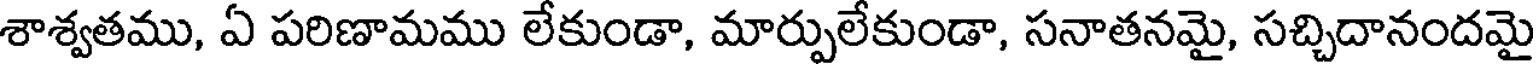
శాశ్వతము, ఏ పరిణామము లేకుండా, మార్పులేకుండా, సనాతనమై, సచ్చిదానందమై